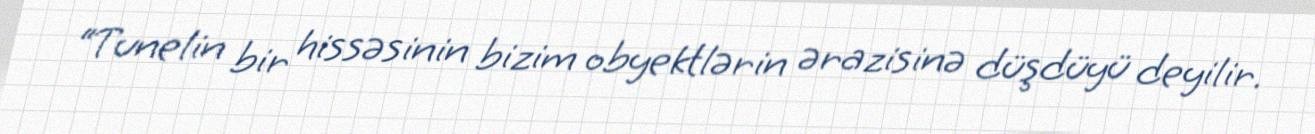
“Tunelin bir hissəsinin bizim obyektlərin ərazisinə düşdüyü deyilir.